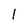
Character: 1